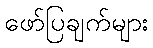
ဖော်ပြချက်များ